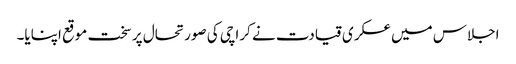
اجلاس میں عسکری قیادت نے کراچی کی صورتحال پر سخت موقع اپنایا۔